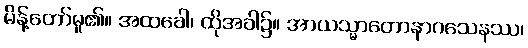
မိန့်တော်မူ၏။ အထခေါ၊ ထိုအခါ၌။ အာယသ္မာတောနာဂသေနဿ၊